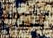
اليوم